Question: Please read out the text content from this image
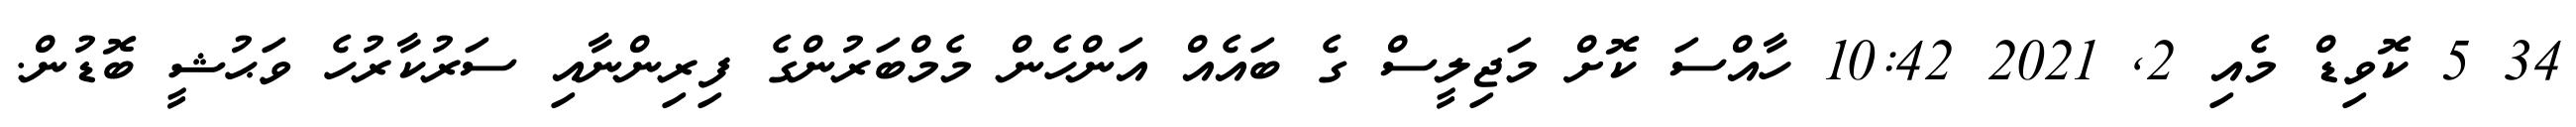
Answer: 34 5 ކޮވިޑް މެއި 2, 2021 10:42 ހާއްސަ ކޮށް މަޖިލީސް ގެ ބައެއް އަންހެން މެމްބަރުންގެ ފިރިންނާއި ސަރުކާރުހެ ވަޙުޝީ ބޮޑުން.